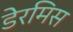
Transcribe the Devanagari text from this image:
डेरमिस